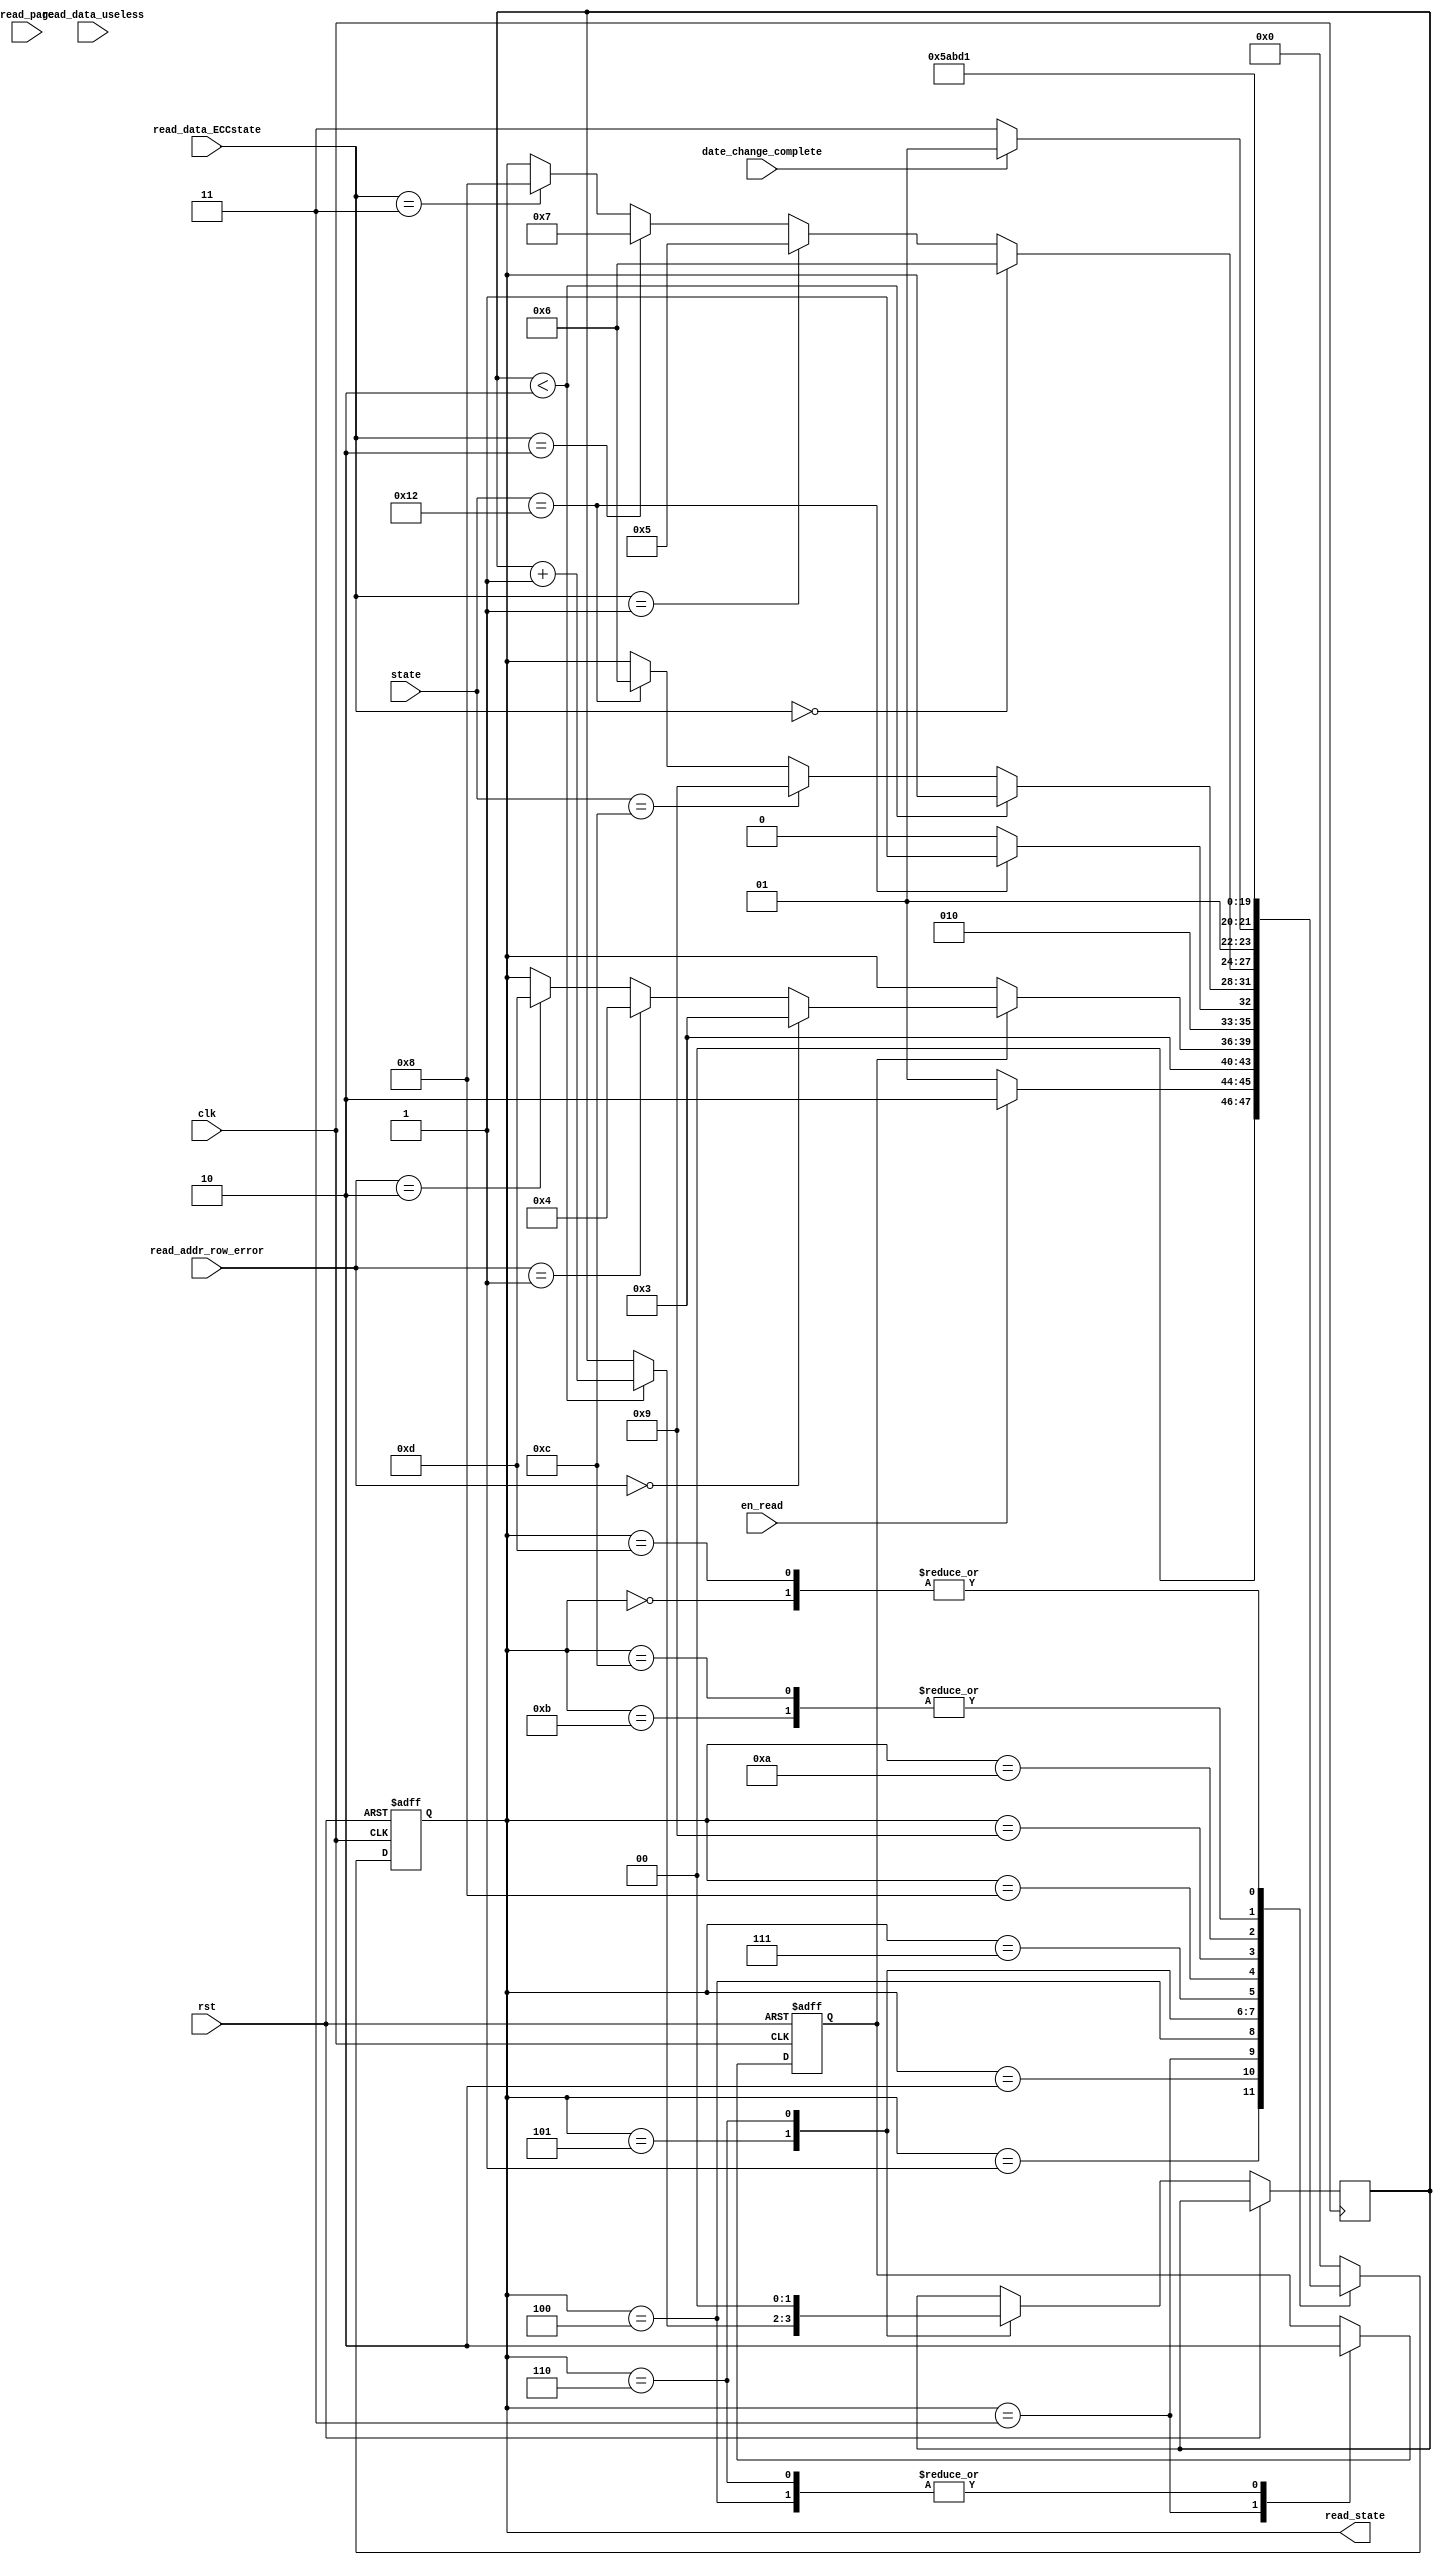
module read_flash_state_control(
	input clk,rst,en_read,
	input [1:0]read_addr_row_error,						//,012
	input [1:0]read_data_ECCstate,						//ECC01ECC2ECC3ECC
	input [1:0]read_page,									//
	input date_change_complete,							//
	input [4:0] state,
	input 	[1:0]	read_data_useless,
	output reg [3:0] read_state
    );

	reg n;
	reg [1:0] m;
	
	always @(posedge clk or posedge rst)
	begin
		if(rst)
		begin
			read_state <= 0;
			n <= 0;
		end
		else
		case(read_state)
		0:														//
			read_state <= 1;
		1:														//
			if(en_read)
				read_state <= 2;
			else
				read_state <= 1;
		2:														//
			read_state <= 3;
		3:														//
			if(n == 0)					//
				n <= 1;
			else
				if(read_addr_row_error == 0)
					read_state <= 3;
				else if(read_addr_row_error == 1)
					read_state <= 4;
				else if(read_addr_row_error == 2)
					read_state <= 13;
		4:														//
			begin
				n <= 0;
				if(state == 18)									// ECC ECC
					read_state <= 5;
				else
					read_state <= 4;
			end
		5:														//ECC
			if(m < 2)				//6513ECCstate(state == 12)
				m <= m+1;
			else
				if(state == 12)
					read_state <= 9;
				else if(state == 18)
					read_state <= 6;
		6:														//ECC
		begin	
			m <= 0;
			n <= 0;
			if(read_data_ECCstate == 0)
				read_state <= 6;
			else if(read_data_ECCstate == 1)
				read_state <= 5;
			else if(read_data_ECCstate == 2)
				read_state <= 7;
			else if(read_data_ECCstate == 3)
				read_state <= 8;
		end
		7:														//
			if(date_change_complete)
				read_state <= 5;
			else
				read_state <= 7;
		8:														//
				read_state <= 5;
		9:													//	ECC 
				read_state <= 10;
		10:  												// 4096
			read_state	<= 11;						
		11 : 												//4096		
			read_state	<= 13;								
		12:													// 
			read_state <= 13;
		13:													//
			read_state <= 1;
		default:
			read_state <= 0;
		endcase
	end

endmodule